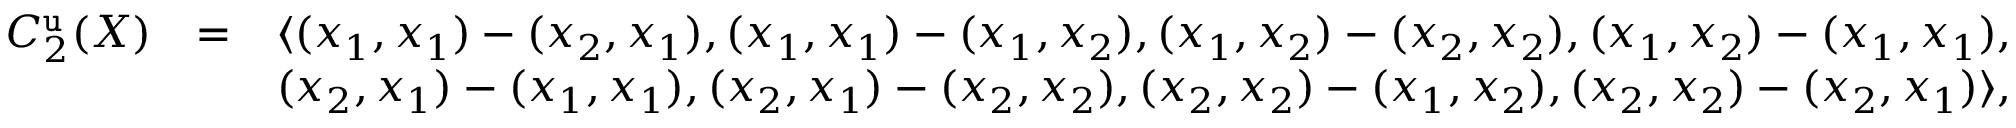
\begin{array} { r l r } { C _ { 2 } ^ { \mathtt { u } } ( X ) } & { = } & { \langle ( x _ { 1 } , x _ { 1 } ) - ( x _ { 2 } , x _ { 1 } ) , ( x _ { 1 } , x _ { 1 } ) - ( x _ { 1 } , x _ { 2 } ) , ( x _ { 1 } , x _ { 2 } ) - ( x _ { 2 } , x _ { 2 } ) , ( x _ { 1 } , x _ { 2 } ) - ( x _ { 1 } , x _ { 1 } ) , } \\ & { } & { ( x _ { 2 } , x _ { 1 } ) - ( x _ { 1 } , x _ { 1 } ) , ( x _ { 2 } , x _ { 1 } ) - ( x _ { 2 } , x _ { 2 } ) , ( x _ { 2 } , x _ { 2 } ) - ( x _ { 1 } , x _ { 2 } ) , ( x _ { 2 } , x _ { 2 } ) - ( x _ { 2 } , x _ { 1 } ) \rangle , } \end{array}